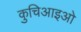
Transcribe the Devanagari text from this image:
कुचिआइओ